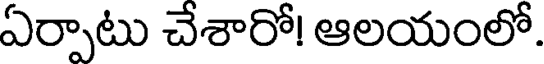
ఏర్పాటు చేశారో! ఆలయంలో.